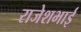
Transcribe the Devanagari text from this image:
राजेशभाई